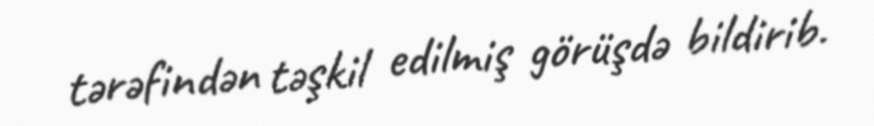
tərəfindən təşkil edilmiş görüşdə bildirib.